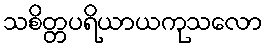
သစိတ္တပရိယာယကုသလော